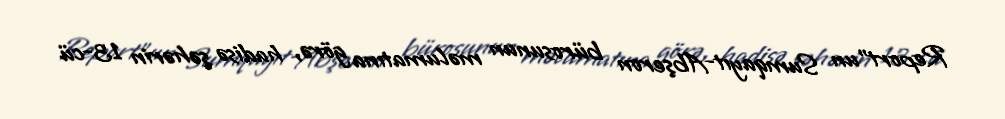
Report"un Sumqayıt-Abşeron bürosunun məlumatına görə, hadisə şəhərin 13-cü